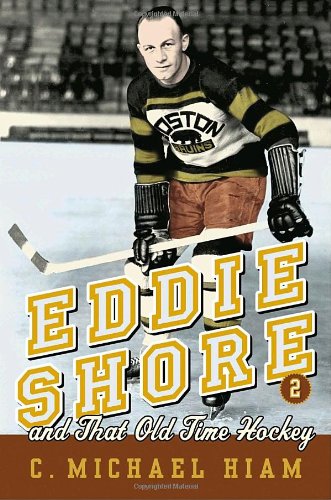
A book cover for Eddie Shore and that Old-Time Hockey; C. Michael Hiam; Biographies & Memoirs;